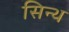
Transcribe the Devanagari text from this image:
सिन्थ